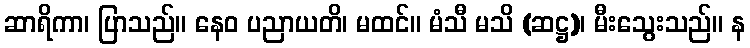
ဆာရိကာ၊ ပြာသည်။ နေဝ ပညာယတိ၊ မထင်။ မံသီ မသိ (ဆဋ္ဌ)၊ မီးသွေးသည်။ န